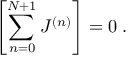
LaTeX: \left[ \sum _ { n = 0 } ^ { N + 1 } J ^ { ( n ) } \right] = 0 \; .